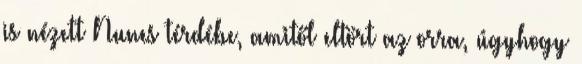
is nézett Nunes térdébe, amitől eltört az orra, úgyhogy